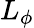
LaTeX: L_{\phi}